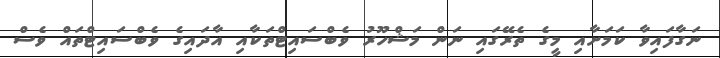
ނަގާފައިވާ ކަމަށާއި މީގެ ތެރޭގައި ނަން މަޝްހޫރު ވެބްސައިޓްތަކާއި އާދައިގެ ވެބްސައިޓްތައް ވެސް